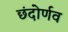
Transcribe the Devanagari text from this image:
छंदोर्णव